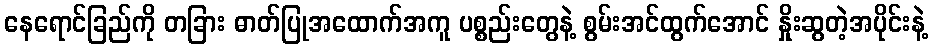
နေရောင်ခြည်ကို တခြား ဓာတ်ပြုအထောက်အကူ ပစ္စည်းတွေနဲ့ စွမ်းအင်ထွက်အောင် နှိုးဆွတဲ့အပိုင်းနဲ့